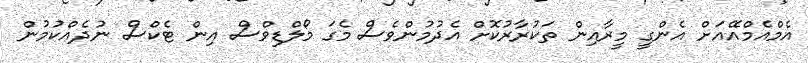
އެމްއެމްއޭއަށް އެންގީ މީރާއިން ތަކުރާރުކޮށް އެދުމުންވެސް މެގަ މޯލްޑިވްސް އިން ޓެކްސް ނުދެއްކުމުން